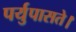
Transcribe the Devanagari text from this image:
पर्युपासते।